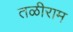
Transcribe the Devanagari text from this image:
तळीराम